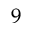
9